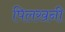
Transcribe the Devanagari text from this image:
पिलखनी